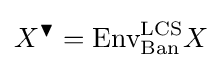
X^{\blacktriangledown }={\text{Env}}_{\text{Ban}}^{\text{LCS}}X